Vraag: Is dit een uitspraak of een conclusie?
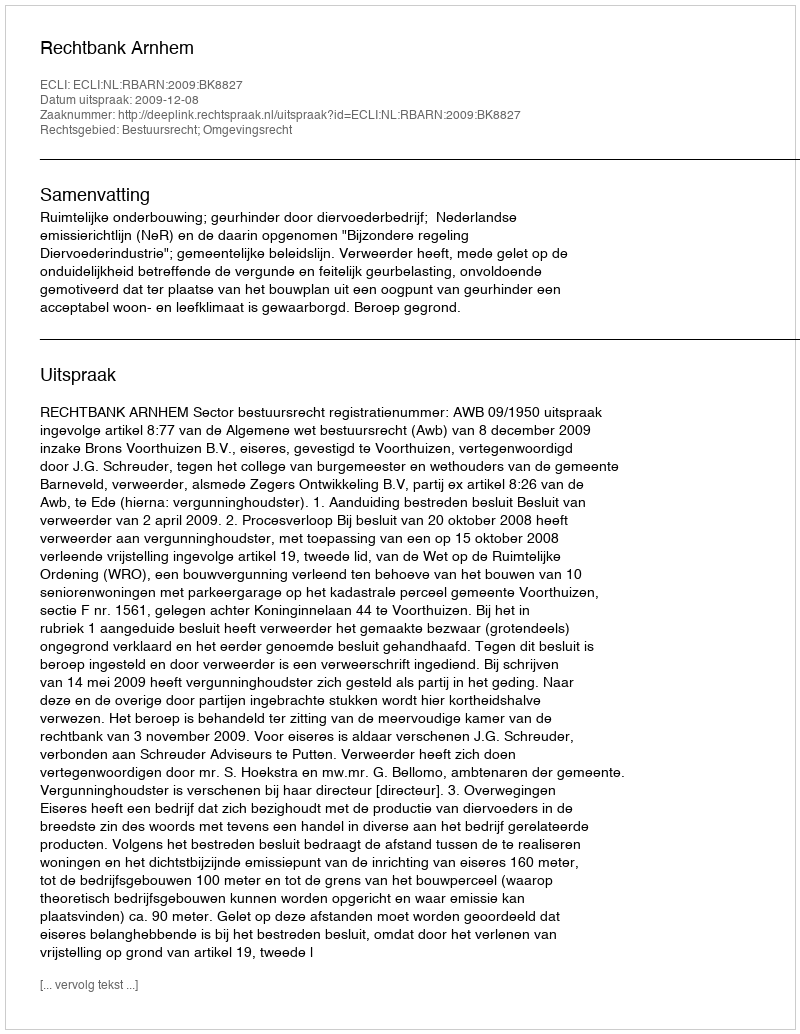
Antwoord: Uitspraak